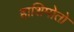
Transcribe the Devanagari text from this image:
हाशिमोतो